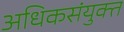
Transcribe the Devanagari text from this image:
अधिकसंयुक्त